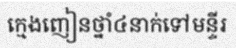
ក្មេងញៀនថ្នាំ៤នាក់ទៅមន្ទីរ